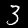
Digit: 3